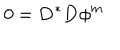
LaTeX: 0 = \mathbf { D } ^ { \ast } \mathbf { D } \phi ^ { m }